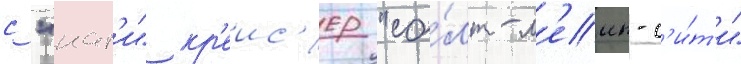
с "нат'и" кр'еис'ер "со́лт-л'еик-с'и́т'и"